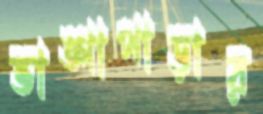
ভাঙ্গাপাড়ার